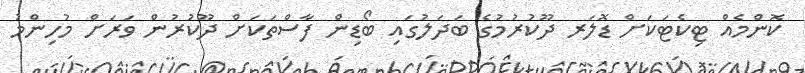
ކޮންމެއް ޓިކެޓަކަށް ޑޮލަރ ދޫކުރުމުގެ ބަދަލުގައި ބޯޑިން ފާސްތަކަށް ދޫކުރުން ވަރަށް މުހިންމު